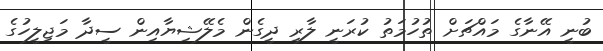
ބުނީ އޭނާގެ މައްޗަށް ތުހުމަތު ކުރަނީ ލާރި ދީގެން މެލޭޝިޔާއިން ސީދާ މަޖިލީހުގެ